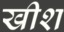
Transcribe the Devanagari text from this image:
खीश